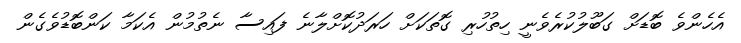
އެހެންވެ ބޮޑަށް ގަބޫލުކުރެވެނީ ހިތުހުރި ގޮތަކަށް ހަރަދުކޮށްލާނެ ފައިސާ ނެތުމުން އެކަމާ ކަންބޮޑުވެގެން